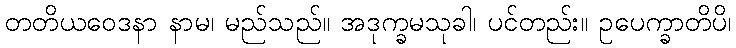
တတိယဝေဒနာ နာမ၊ မည်သည်။ အဒုက္ခမသုခါ၊ ပင်တည်း။ ဥပေက္ခာတိပိ၊